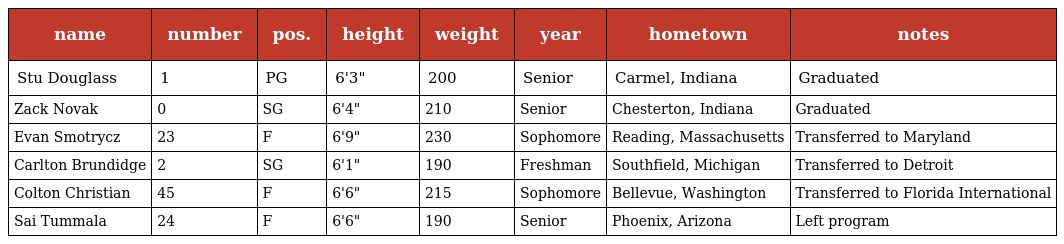
| name | number | pos. | height | weight | year | hometown | notes |
 | --- | --- | --- | --- | --- | --- | --- | --- |
 | Stu Douglass | 1 | PG | 6'3" | 200 | Senior | Carmel, Indiana | Graduated |
 | Zack Novak | 0 | SG | 6'4" | 210 | Senior | Chesterton, Indiana | Graduated |
 | Evan Smotrycz | 23 | F | 6'9" | 230 | Sophomore | Reading, Massachusetts | Transferred to Maryland |
 | Carlton Brundidge | 2 | SG | 6'1" | 190 | Freshman | Southfield, Michigan | Transferred to Detroit |
 | Colton Christian | 45 | F | 6'6" | 215 | Sophomore | Bellevue, Washington | Transferred to Florida International |
 | Sai Tummala | 24 | F | 6'6" | 190 | Senior | Phoenix, Arizona | Left program |